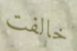
خالفت